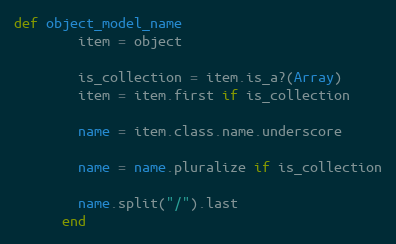
Language: Ruby
def object_model_name
        item = object

        is_collection = item.is_a?(Array)
        item = item.first if is_collection

        name = item.class.name.underscore

        name = name.pluralize if is_collection

        name.split("/").last
      end